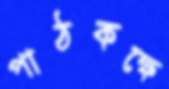
পাঠকক্ষে